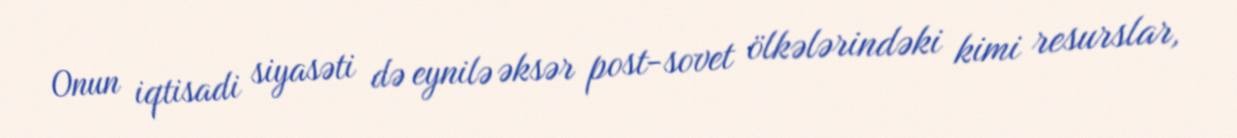
Onun iqtisadi siyasəti də eynilə əksər post-sovet ölkələrindəki kimi resurslar,